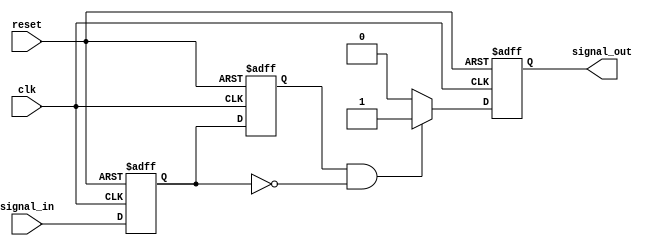
module negative_edge_detector (
    input wire clk,           // Clock signal
    input wire reset,         // Asynchronous reset
    input wire signal_in,     // Input signal to be monitored
    output reg signal_out     // Output signal indicating negative edge detection
);

    reg current_state;        // Register to hold the current state of signal_in
    reg prev_state;           // Register to hold the previous state of signal_in

    // Asynchronous reset block
    always @(posedge clk or posedge reset) begin
        if (reset) begin
            current_state <= 1'b0;
            prev_state <= 1'b0;
            signal_out <= 1'b0;  // Reset the output
        end else begin
            // Shift states
            prev_state <= current_state; // Update previous state
            current_state <= signal_in;   // Sample the current signal_in

            // Edge detection logic
            if (prev_state == 1'b1 && current_state == 1'b0) begin
                signal_out <= 1'b1;  // Negative edge detected
            end else begin
                signal_out <= 1'b0;  // No edge detected
            end
        end
    end

endmodule